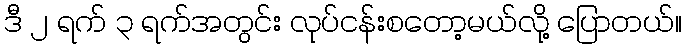
ဒီ ၂ ရက် ၃ ရက်အတွင်း လုပ်ငန်းစတော့မယ်လို့ ပြောတယ်။